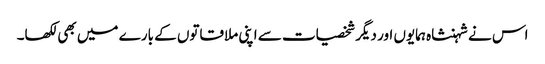
اس نے شہنشاہ ہمایوں اور دیگر شخصیات سے اپنی ملاقاتوں کے بارے میں بھی لکھا۔